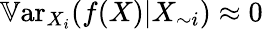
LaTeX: \mathbb{V}\mathrm{ar}_{X_{i}}(f(X)|X_{\sim i})\approx 0